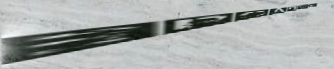
broadway